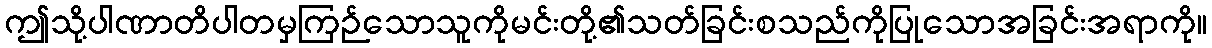
ဤသို့ပါဏာတိပါတမှကြဉ်သောသူကိုမင်းတို့၏သတ်ခြင်းစသည်ကိုပြုသောအခြင်းအရာကို။